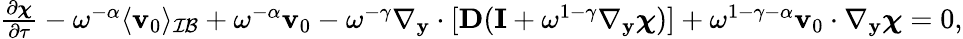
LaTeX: \begin{array}{r}{\frac{\partial\boldsymbol\chi}{\partial\tau}-\omega^{-\alpha}\langle\mathbf v_{0}\rangle_{\mathcal{IB}}+\omega^{-\alpha}\mathbf v_{0}-\omega^{-\gamma}\nabla_{\mathbf y}\cdot[\mathbf D(\mathbf I+\omega^{1-\gamma}\nabla_{\mathbf y}\boldsymbol\chi)]+\omega^{1-\gamma-\alpha}\mathbf v_{0}\cdot\nabla_{\mathbf y}\boldsymbol\chi=0,}\end{array}